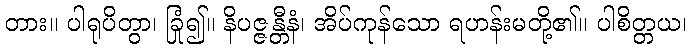
တား။ ပါရုပိတွာ၊ ခြုံ၍။ နိပဇ္ဇန္တီနံ၊ အိပ်ကုန်သော ရဟန်းမတို့၏။ ပါစိတ္တယ၊